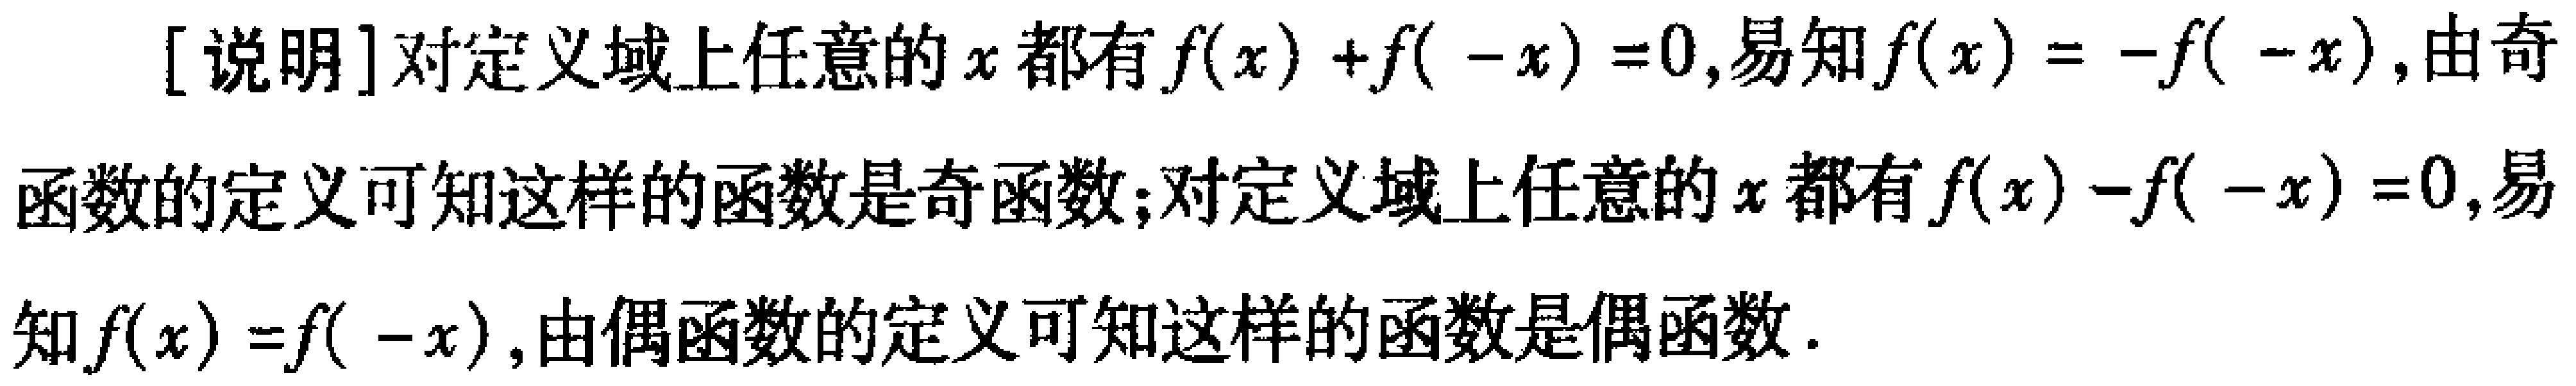
[说明]对定义域上任意的\(x\)都有\(f(x)+f( -x)=0\),易知\(f(x)= -f( -x)\),由奇函数的定义可知这样的函数是奇函数;对定义域上任意的\(x\)都有\(f(x)-f( -x)=0\),易知\(f(x)=f( -x)\),由偶函数的定义可知这样的函数是偶函数.